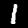
Label: 1